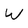
Character: W